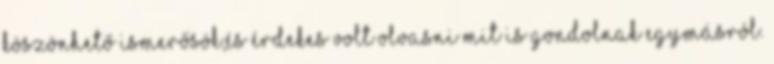
köszönhető ismerősök,és érdekes volt olvasni mit is gondolnak egymásról.